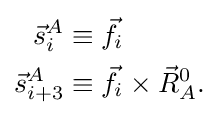
{\begin{aligned}{\vec {s}}_{i}^{A}&\equiv {\vec {f}}_{i}\\{\vec {s}}_{i+3}^{A}&\equiv {\vec {f}}_{i}\times {\vec {R}}_{A}^{0}.\\\end{aligned}}